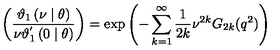
\left( \frac { \mathcal { \vartheta } _ { 1 } \left( \nu \mid \theta \right) } { \nu \mathcal { \vartheta } _ { 1 } ^ { ^ { \prime } } \left( 0 \mid \theta \right) } \right) = \exp \left( - \sum _ { k = 1 } ^ { \infty } \frac { 1 } { 2 k } \nu ^ { 2 k } G _ { 2 k } ( q ^ { 2 } ) \right)